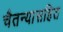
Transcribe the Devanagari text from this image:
चैतन्यासहित